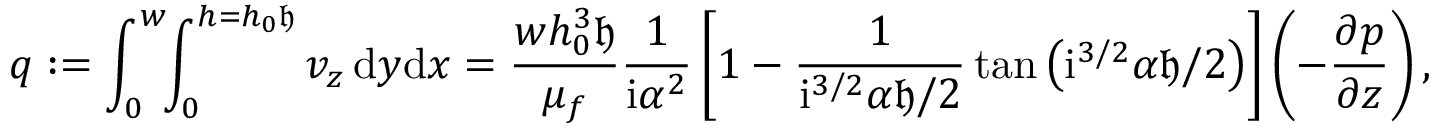
q : = \int _ { 0 } ^ { w } \! \! \int _ { 0 } ^ { h = h _ { 0 } \mathfrak { h } } v _ { z } \, \mathrm { d } y \mathrm { d } x = \frac { w h _ { 0 } ^ { 3 } \mathfrak { h } } { \mu _ { f } } \frac { 1 } { \mathrm { i } \alpha ^ { 2 } } \left[ 1 - \frac { 1 } { \mathrm { i } ^ { 3 / 2 } { \alpha } \mathfrak { h } / 2 } \tan \left( \mathrm { i } ^ { 3 / 2 } { \alpha } \mathfrak { h } / 2 \right) \right] \left( - \frac { \partial p } { \partial z } \right) ,